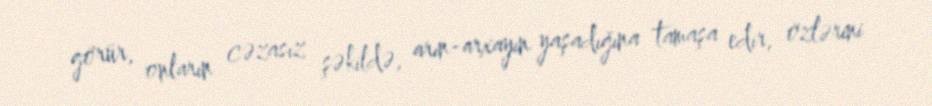
görür, onların cəzasız şəkildə, arın-arxayın yaşadığına tamaşa edir, özlərini